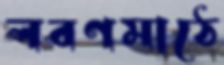
লবণমাঠে